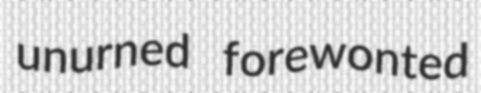
unurned forewonted